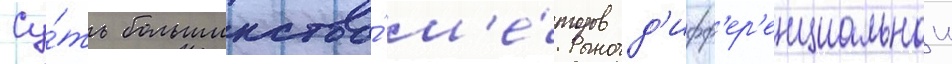
Су́ть большинства́ м'е́тодов д'ифф'ер'енциальнои